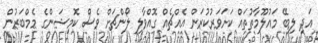
އަދި ލިބޭ މައުލޫމާތުތައް ކަށަވަރުކުރަން އެއްޗެއް ގޮއްވާލި ލޯންޗަށް ވެސް ކޮމިޝަންގެ މެމްބަރުން